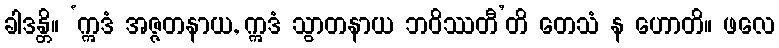
ခါဒန္တိ။ ‘ဣဒံ အဇ္ဇတနာယ, ဣဒံ သွာတနာယ ဘဝိဿတီ’တိ တေသံ န ဟောတိ။ ဖလေ